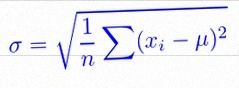
\sigma=\sqrt{\frac1n\sum(x_i-\mu)^2}